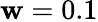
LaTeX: \mathbf{w}=0.1